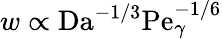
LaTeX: w\propto\mathrm{Da}^{-1/3}\mathrm{Pe}_{\gamma}^{-1/6}